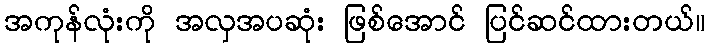
အကုန်လုံးကို အလှအပဆုံး ဖြစ်အောင် ပြင်ဆင်ထားတယ်။